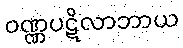
ဝဏ္ဏပဋိလာဘာယ